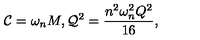
{ \cal C } = \omega _ { n } M , { \cal Q } ^ { 2 } = \frac { n ^ { 2 } \omega _ { n } ^ { 2 } Q ^ { 2 } } { 1 6 } ,